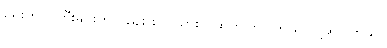
ရှေးကလူကြီးများကလည်း စလယားပဲ ထွက်ကြပါတယ် လို့ဆိုပါတယ်။